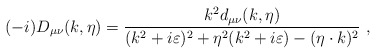
\begin{align*}(-i)D_{\mu\nu}(k,\eta)={k^2 d_{\mu\nu}(k,\eta)\over (k^2+i\varepsilon)^2+\eta^2(k^2+i\varepsilon)-(\eta\cdot k)^2}\ ,\end{align*}